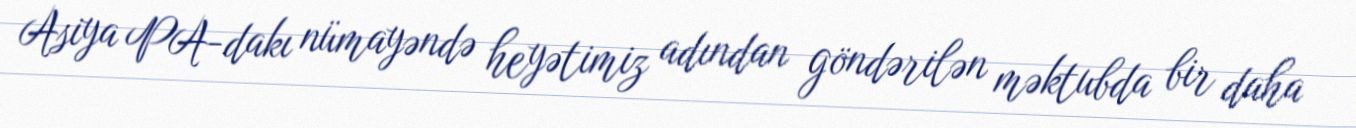
Asiya PA-dakı nümayəndə heyətimiz adından göndərilən məktubda bir daha